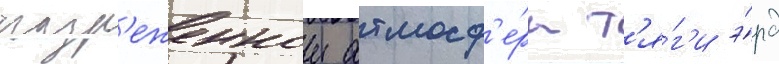
разр'еженнои атмосф'е́ры т'я́г'и э́рд